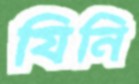
যিনি